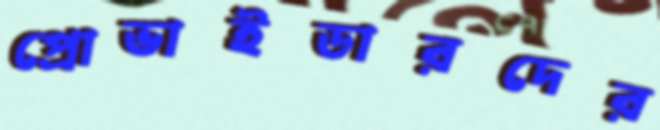
প্রোভাইডারদের